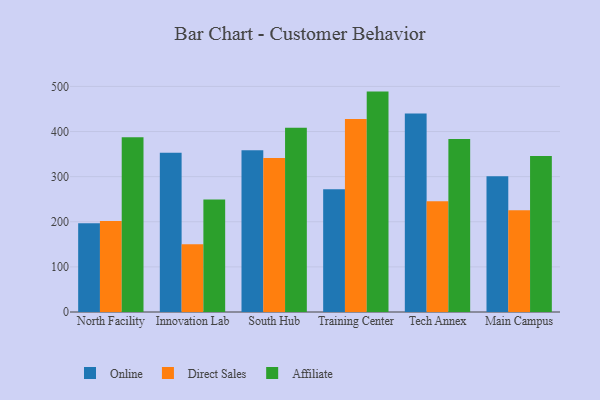
{"axis": {"x": "Campus", "y": "Temperature (°C)"}, "legend": ["Affiliate", "Direct Sales", "Online"], "data": [{"x": "North Facility", "y": 196.8, "type": "Online"}, {"x": "North Facility", "y": 201.8, "type": "Direct Sales"}, {"x": "North Facility", "y": 387.2, "type": "Affiliate"}, {"x": "Innovation Lab", "y": 352.9, "type": "Online"}, {"x": "Innovation Lab", "y": 150.0, "type": "Direct Sales"}, {"x": "Innovation Lab", "y": 249.5, "type": "Affiliate"}, {"x": "South Hub", "y": 358.7, "type": "Online"}, {"x": "South Hub", "y": 341.1, "type": "Direct Sales"}, {"x": "South Hub", "y": 408.6, "type": "Affiliate"}, {"x": "Training Center", "y": 272.1, "type": "Online"}, {"x": "Training Center", "y": 427.7, "type": "Direct Sales"}, {"x": "Training Center", "y": 488.5, "type": "Affiliate"}, {"x": "Tech Annex", "y": 440.2, "type": "Online"}, {"x": "Tech Annex", "y": 245.6, "type": "Direct Sales"}, {"x": "Tech Annex", "y": 383.6, "type": "Affiliate"}, {"x": "Main Campus", "y": 301.1, "type": "Online"}, {"x": "Main Campus", "y": 225.5, "type": "Direct Sales"}, {"x": "Main Campus", "y": 345.8, "type": "Affiliate"}]}